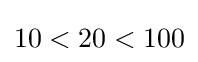
10<20<100